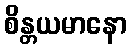
စိန္တယမာနော